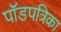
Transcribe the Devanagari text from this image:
पॉडपत्रिका